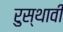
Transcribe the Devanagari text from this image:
रुस्थावी